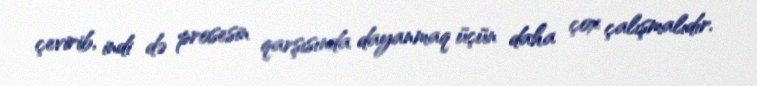
çevirib, indi də prosesin qarşısında dayanmaq üçün daha çox çalışmalıdır.